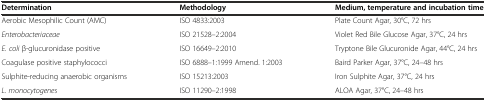
<table><thead><tr><td><b>Determination</b></td><td><b>Methodology</b></td><td><b>Medium, temperature and incubation time</b></td></tr></thead><tbody><tr><td>Aerobic Mesophilic Count (AMC)</td><td>ISO 4833:2003</td><td>Plate Count Agar, 30°C, 72 hrs</td></tr><tr><td><i>Enterobacteriaceae</i></td><td>ISO 21528–2:2004</td><td>Violet Red Bile Glucose Agar, 37°C, 24 hrs</td></tr><tr><td><i>E. coli</i> β-glucuronidase positive</td><td>ISO 16649–2:2010</td><td>Tryptone Bile Glucuronide Agar, 44°C, 24 hrs</td></tr><tr><td>Coagulase positive staphylococci</td><td>ISO 6888–1:1999 Amend. 1:2003</td><td>Baird Parker Agar, 37°C, 24–48 hrs</td></tr><tr><td>Sulphite-reducing anaerobic organisms</td><td>ISO 15213:2003</td><td>Iron Sulphite Agar, 37°C, 24 hrs</td></tr><tr><td><i>L. monocytogenes</i></td><td>ISO 11290–2:1998</td><td>ALOA Agar, 37°C, 24–48 hrs</td></tr></tbody></table>